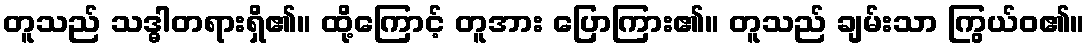
တူသည် သဒ္ဓါတရားရှိ၏။ ထို့ကြောင့် တူအား ပြောကြား၏။ တူသည် ချမ်းသာ ကြွယ်ဝ၏။